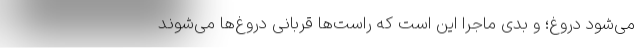
می‌شود دروغ؛ و بدی ماجرا این است که راست‌ها قربانی دروغ‌ها می‌شوند